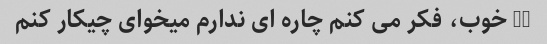
0k خوب، فکر می کنم چاره ای ندارم میخوای چیکار کنم